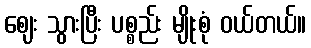
ဈေး သွားပြီး ပစ္စည်း မျိုးစုံ ဝယ်တယ်။